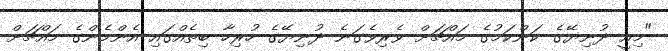
"މިއީ ދުނިޔޭގެ ކަންކަމުގެ މައްޗަށް ވެރިވެގަނެ ދުނިޔޭގެ ހުރިހާ ބިތެއްގައި އެންމެންގެ މައްޗަށް